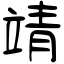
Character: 靖